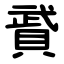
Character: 䝾